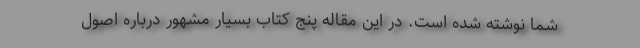
شما نوشته شده است. در این مقاله پنج کتاب بسیار مشهور درباره اصول